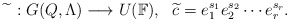
\begin{align*}\widetilde{} \ :G(Q,\Lambda)\longrightarrow U(\Bbb F),\ \ \widetilde{c}=e_1^{s_1}e_2^{s_2}\cdots e_r^{s_r}.\end{align*}